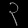
Digit: ၃